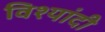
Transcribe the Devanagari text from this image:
विश्यांदी